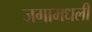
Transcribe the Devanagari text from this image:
जगामधली